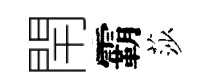
閈霸莎